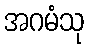
အဂမံသု